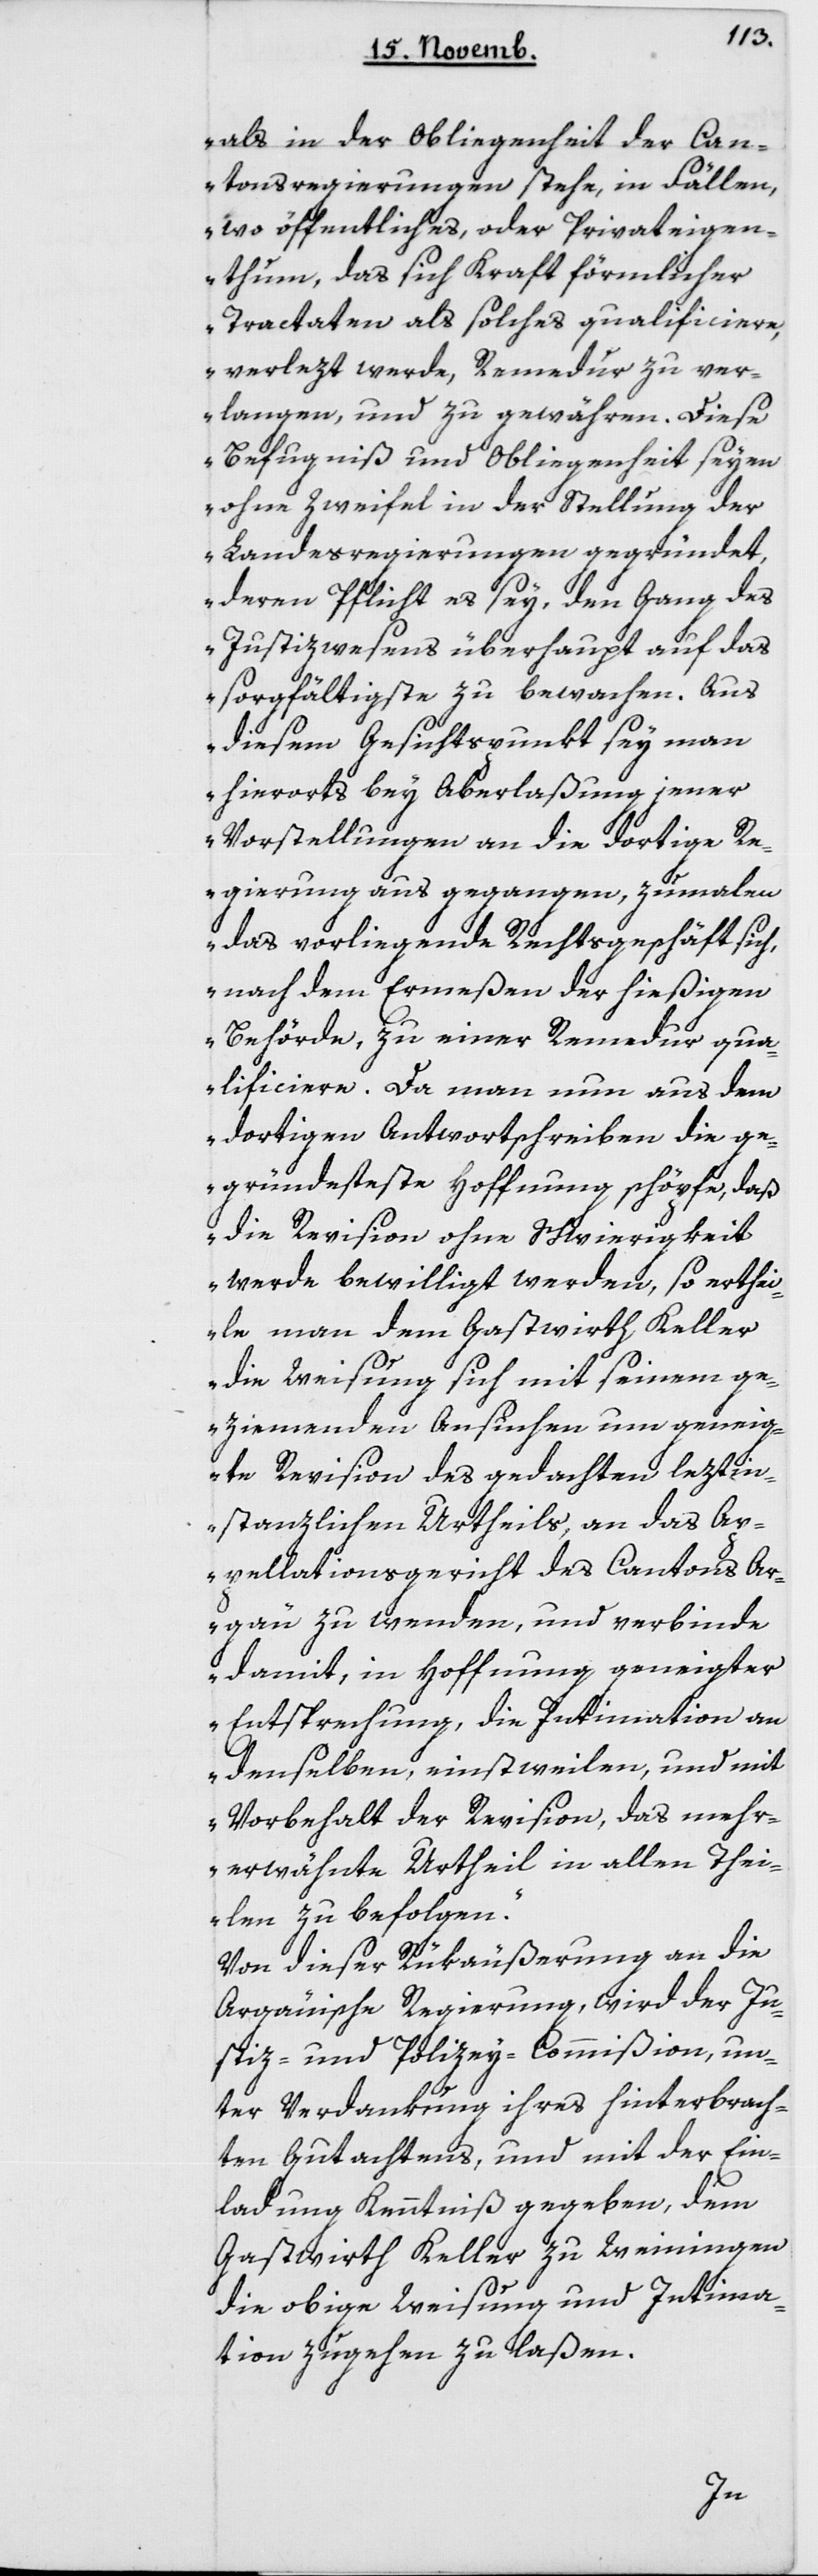
als in der Obliegenheit der Can¬
tonsregierungen stehe, in Fällen,
wo öffentliches oder Privateigen¬
thum, das sich kraft förmlicher
Tractaten als solches qualificiere,
verlezt werde, Remedur zu ver¬
langen und zu gewähren. Diese
Befugniß und Obliegenheit seien
ohne Zweifel in der Stellung der
Landesregierungen gegründet,
deren Pflicht es sey, den Gang des
Justizwesens überhaupt auf das
sorgfältigste zu bewachen. Aus
diesem Gesichtspunkt sey man
hierorts bey Aberlaßung jener
Vorstellungen an die dortige Re¬
gierung aus gegangen, zumalen
das vorliegende Rechtsgeschäft sich,
nach dem Ermeßen der hießigen
Behörde, zu einer Remedur qua¬
lificiere. Da man nun aus dem
dortigen Antwortschreiben die ge¬
gründeste Hoffnung schöpfe, daß
die Revision ohne Schwierigkeit
werde bewilligt werden, so erthei¬
le man dem Gastwirth Keller
die Weisung, sich mit seinem ge¬
ziemenden Ansuchen um geneig¬
te Revision des gedachten leztin¬
stanzlichen Urtheils, an das Ap¬
pellationsgericht des Cantons Ar¬
gau zu wenden, und verbinde
damit, in Hoffnung geneigter
Entsprechnung, die Intimation an
denselben, einstweilen und mit
Vorbehalt der Revision, das mehr¬
erwähnte Urtheil in allen Thei¬
len zu befolgen.“
Von dieser Rükäußerung an die
argauische Regierung, wird der Ju¬
stiz- und Polizey-Commißion un¬
ter Verdankung ihres hinterbrach¬
ten Gutachtens, und mit der Ein¬
ladung Kenntniß gegeben, dem
Gastwirth Keller zu Weiningen
die obige Weisung und Intima¬
tion zugehen zu laßen.